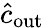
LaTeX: \hat{c}_{\mathrm{out}}